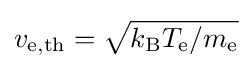
v_{\mathrm {e,th} }={\sqrt {k_{\mathrm {B} }T_{\mathrm {e} }/m_{\mathrm {e} }}}